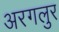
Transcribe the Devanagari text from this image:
अरगलुर